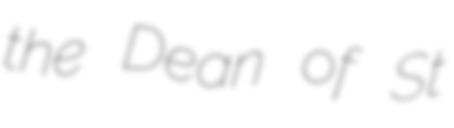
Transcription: the Dean of St